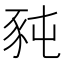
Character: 豘